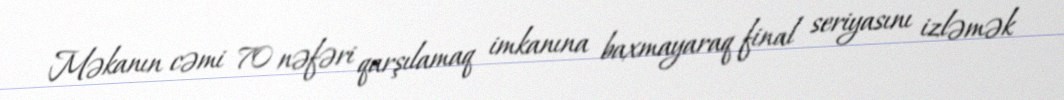
Məkanın cəmi 70 nəfəri qarşılamaq imkanına baxmayaraq final seriyasını izləmək